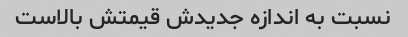
نسبت به اندازه جدیدش قیمتش بالاست